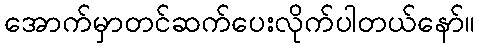
အောက်မှာတင်ဆက်ပေးလိုက်ပါတယ်နော်။